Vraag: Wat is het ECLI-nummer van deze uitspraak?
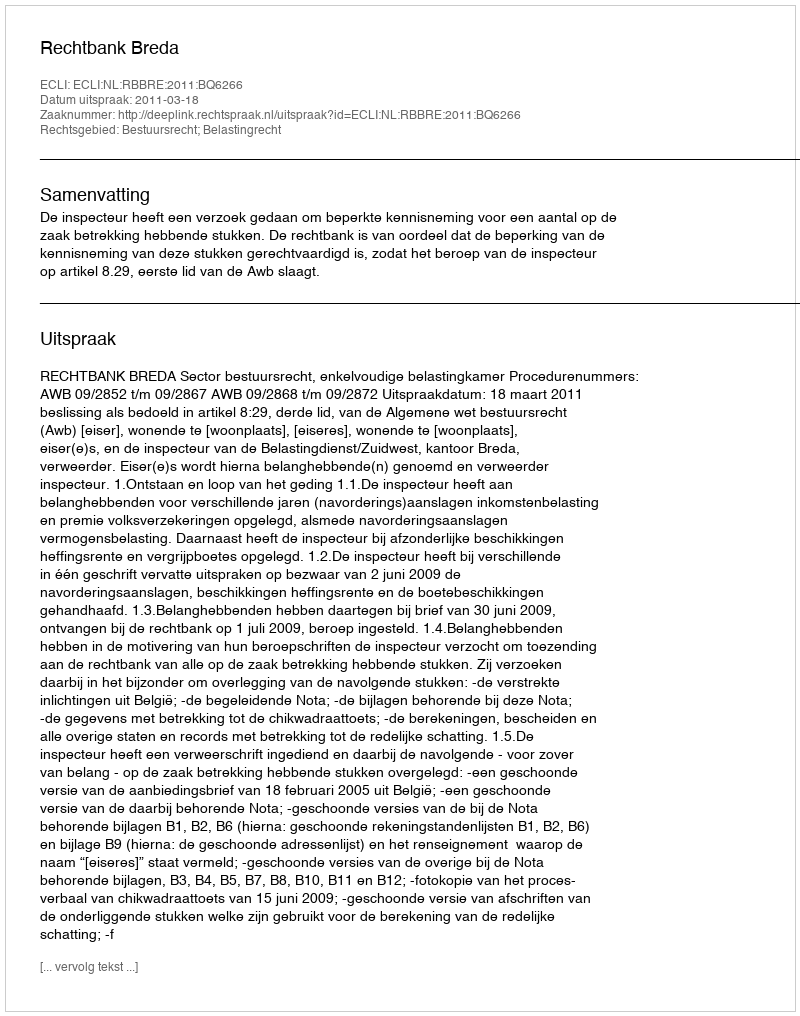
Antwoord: ECLI:NL:RBBRE:2011:BQ6266